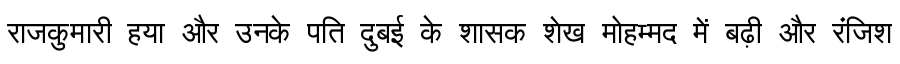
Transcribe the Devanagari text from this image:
राजकुमारी हया और उनके पति दुबई के शासक शेख मोहम्मद में बढ़ी और रंजिश